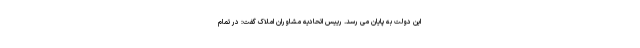
این دولت به پایان می رسد. رییس اتحادیه مشاوران املاک گفت: در تمام